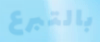
بالتبرع